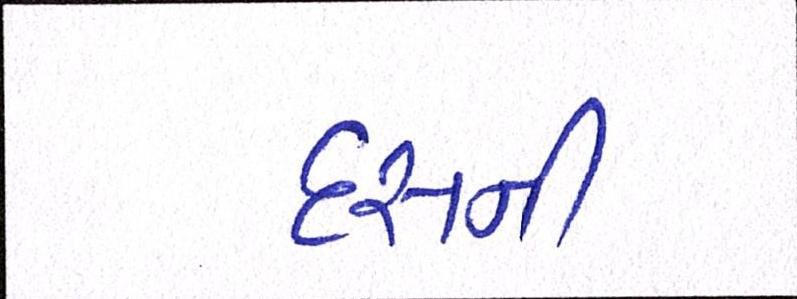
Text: દસની